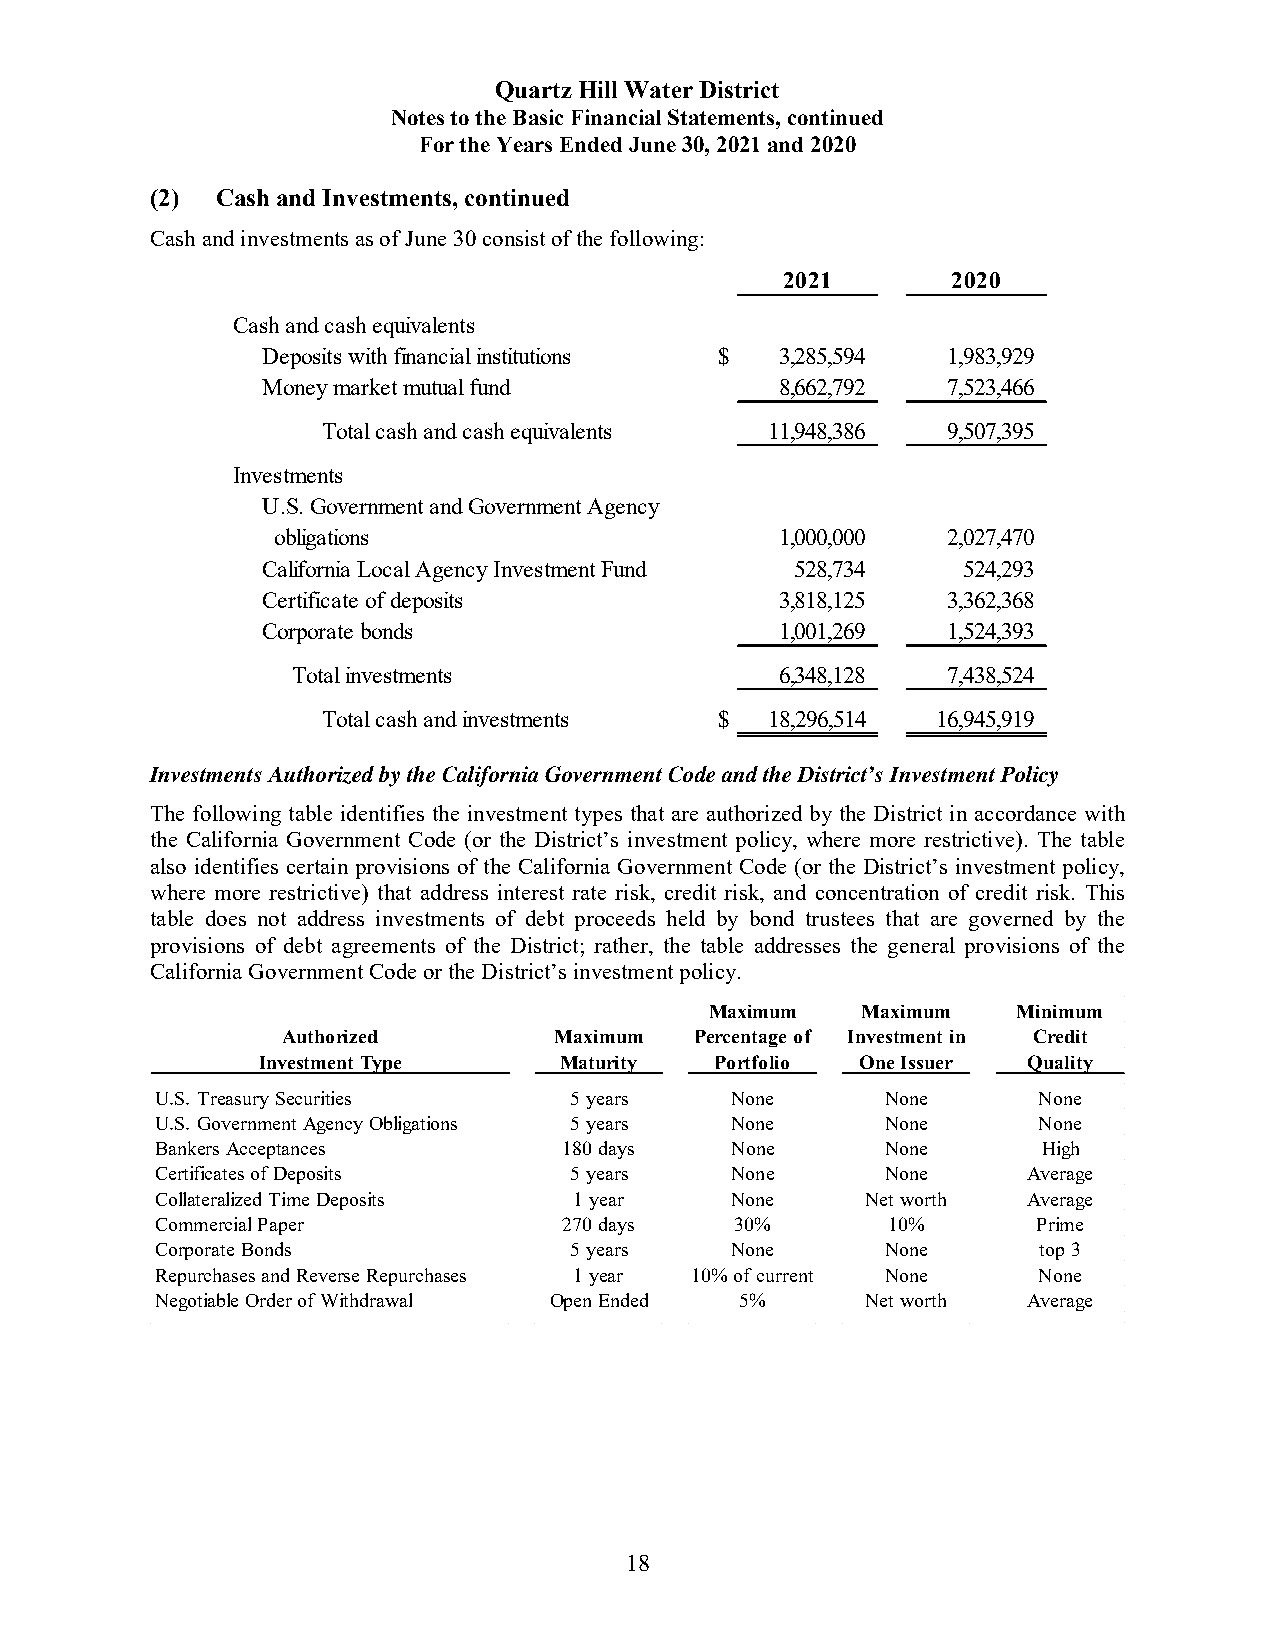
Quartz Hill Water District
 Notes to the Basic Financial Statements, continued
 For the Years Ended June 30, 2021 and 2020
 (2) Cash and Investments, continued
 Cash and investments as of June 30 consist of the following:
 2021       2020
 Cash and cash equivalents
 Deposits with financial institutions $ 3,285,594 1,983,929
 Money market mutual fund           8,662,792  7,523,466
 Total cash and cash equivalents 11,948,386 9,507,395
 Investments
 U.S. Government and Government Agency
 obligations                       1,000,000  2,027,470
 California Local Agency Investment Fund 528,734 524,293
 Certificate of deposits            3,818,125  3,362,368
 Corporate bonds                    1,001,269  1,524,393
 Total investments                6,348,128  7,438,524
 Total cash and investments $  18,296,514 1 6,945,919
 Investments Authorized by the California Government Code and the District’s Investment Policy
 The following table identifies the investment types that are authorized by the District in accordance with
 the California Government Code (or the District’s investment policy, where more restrictive). The table
 also identifies certain provisions of the California Government Code (or the District’s investment policy,
 where more restrictive) that address interest rate risk, credit risk, and concentration of credit risk. This
 table does not address investments of debt proceeds held by bond trustees that are governed by the
 provisions of debt agreements of the District; rather, the table addresses the general provisions of the
 California Government Code or the District’s investment policy.
 Maximum   Maximum   Minimum
 Authorized        Maximum  Percentage of Investment in Credit
 Investment Type     Maturity  Portfolio One Issuer Quality
 U.S. Treasury Securities    5 years   None       None      None
 U.S. Government Agency Obligations 5 years None  None      None
 Bankers Acceptances        180 days   None       None      High
 Certificates of Deposits    5 years   None       None     Average
 Collateralized Time Deposits 1 year   None     Net worth  Average
 Commercial Paper           270 days    30%       10%       Prime
 Corporate Bonds             5 years   None       None      top 3
 Repurchases and Reverse Repurchases 1 year 10% of current None None
 Negotiable Order of Withdrawal Open Ended 5%   Net worth  Average
 18